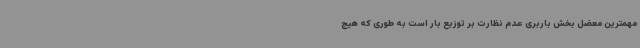
مهمترین معضل بخش باربری عدم نظارت بر توزیع بار است به طوری که هیچ